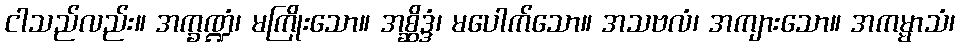
ငါသည်လည်း။ အက္ခဏ္ဍံ၊ မကြိုးသော။ အစ္ဆိဒ္ဒံ၊ မပေါက်သော။ အသဗလံ၊ အကျားသော။ အကမ္မာသံ၊